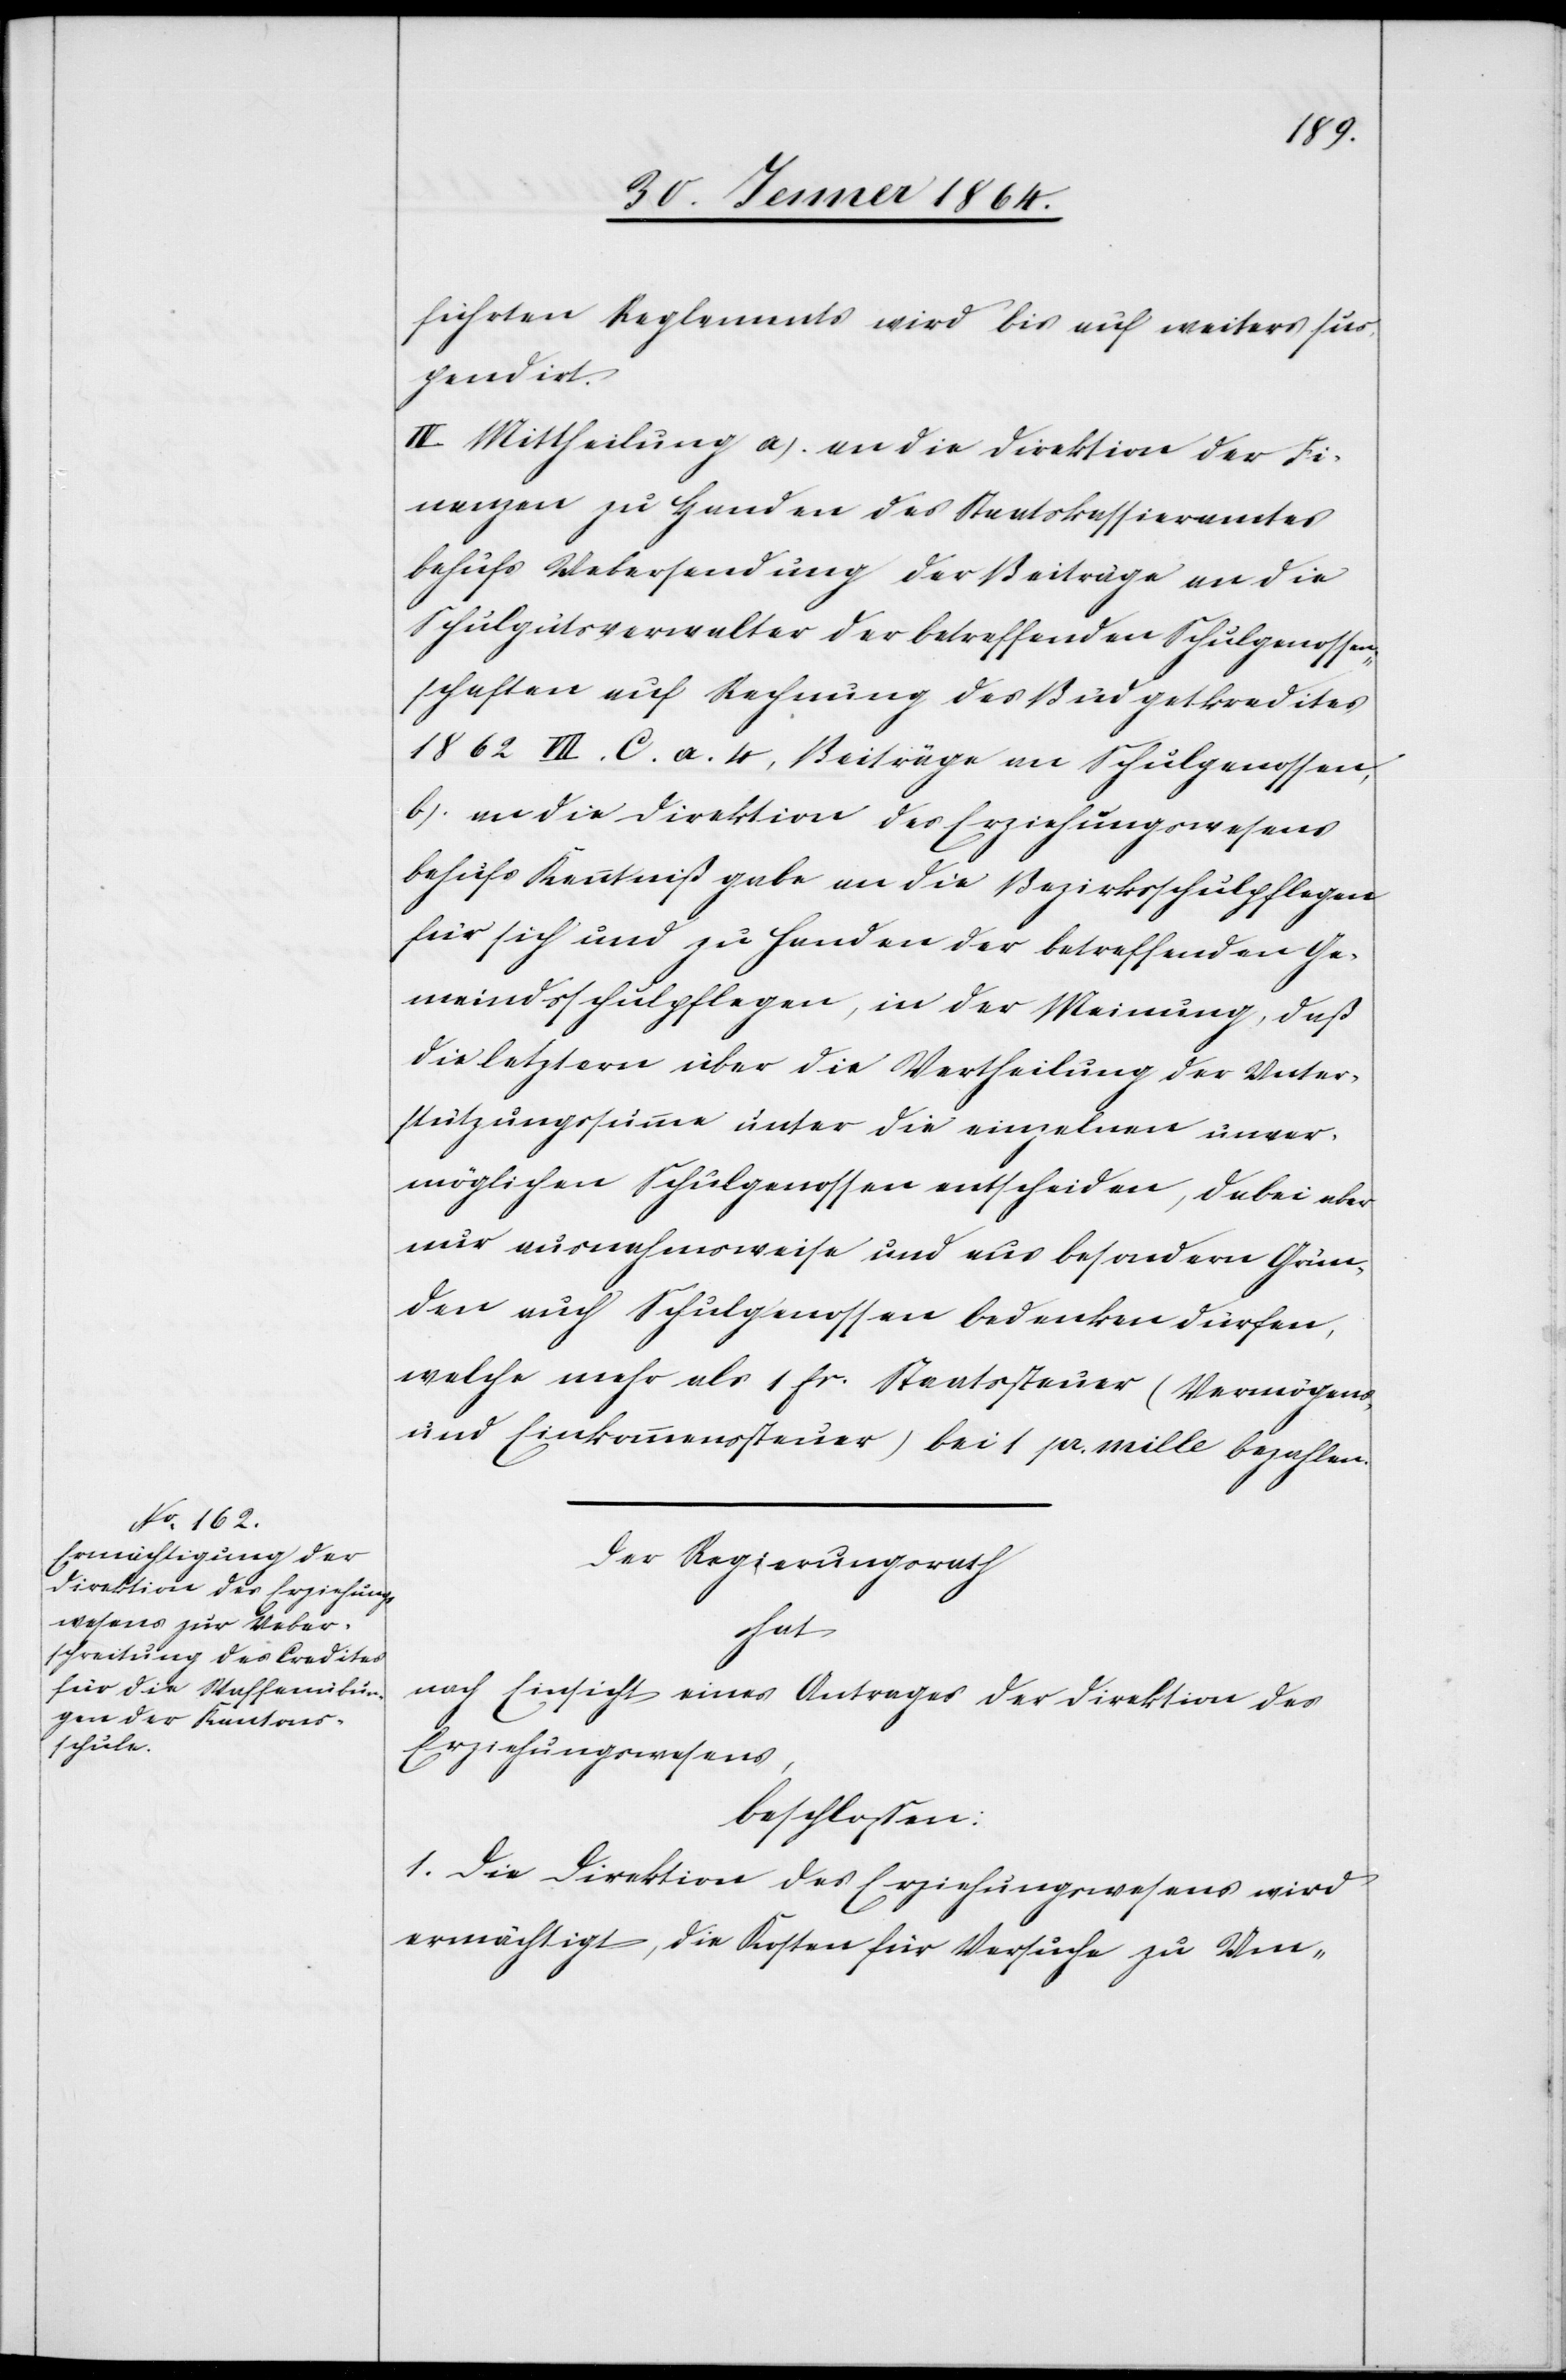
führten Reglements wird bis auf weiters sus¬
pendirt.
IV. Mittheilung a.) an die Direktion der Fi¬
nanzen zu Handen des Staatskassieramtes
behufs Uebersendung der Beiträge an die
Schulgutsverwalter der betreffenden Schulgenossen¬
schaften auf Rechnung des Budgetkredites
1862 VII. C. a. 4, Beiträge an Schulgenossen,
b.) an die Direktion des Erziehungswesens
behufs Kenntnißgabe an die Bezirksschulpflegen
für sich und zu Handen der betreffenden Ge¬
meindsschulpflegen, in der Meinung, daß
die letztern über die Vertheilung der Unter¬
stützungssumme unter die einzelnen unver¬
möglichen Schulgenossen entscheiden, dabei aber
nur ausnahmsweise und aus besondern Grün¬
den auch Schulgenossen bedenken dürfen,
welche mehr als 1 fr. Staatssteuer (Vermögens-
und Einkommenssteuer) bei 1 pr. mille bezahlen.
Der Regierungsrath
hat
nach Einsicht eines Antrages der Direktion des
Erziehungswesens,
beschlossen:
1. Die Direktion des Erziehungswesens wird
ermächtigt, die Kosten für Versuche zu Um-